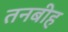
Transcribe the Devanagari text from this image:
तनबीह